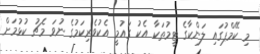
މި ކޭމްޕުގައި ލަންކާގެ ޓީމުތަކާ އެކު ގައުމީ އެކުވެރިކަމުގެ ނުވަ މެޗު ކުޅުމަށް